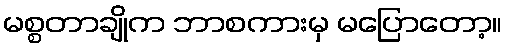
မစ္စတာချိုက ဘာစကားမှ မပြောတော့။